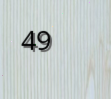
49